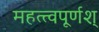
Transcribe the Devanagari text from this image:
महत्त्वपूर्णश्